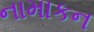
નામાકન